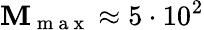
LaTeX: \mathbf{M}_{\mathrm{{~m~a~x~}}}\approx5\cdot10^{2}